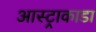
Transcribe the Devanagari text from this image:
आस्ट्राकाडा